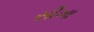
સીખા